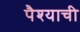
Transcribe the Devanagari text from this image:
पैश्याची